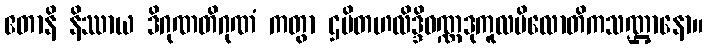
ဧတာနိ နိဿာယ ဒိဂုဏတိဂုဏံ ကတွာ ဌပိတဟလိဒ္ဒိဝဏ္ဏဒုကူလပိလောတိကသဏ္ဌာနော။